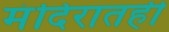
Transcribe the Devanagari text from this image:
मंदिरातही